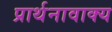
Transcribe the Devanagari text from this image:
प्रार्थनावाक्य